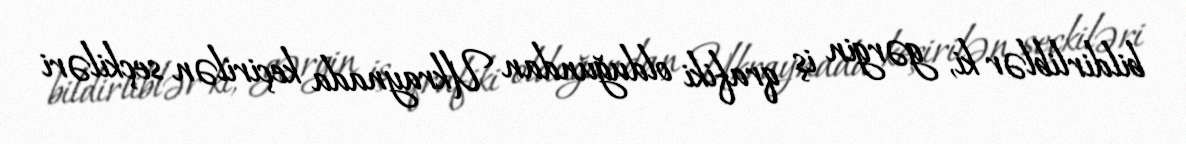
bildirliblər ki, gərgin iş qrafiki olduğundan Ukraynada keçirilən seçkiləri